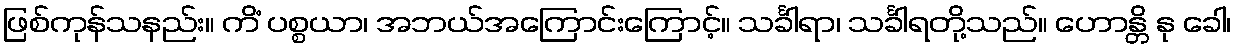
ဖြစ်ကုန်သနည်း။ ကိံ ပစ္စယာ၊ အဘယ်အကြောင်းကြောင့်။ သင်္ခါရာ၊ သင်္ခါရတို့သည်။ ဟောန္တိ နု ခေါ၊